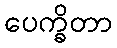
ပေက္ခိတာ